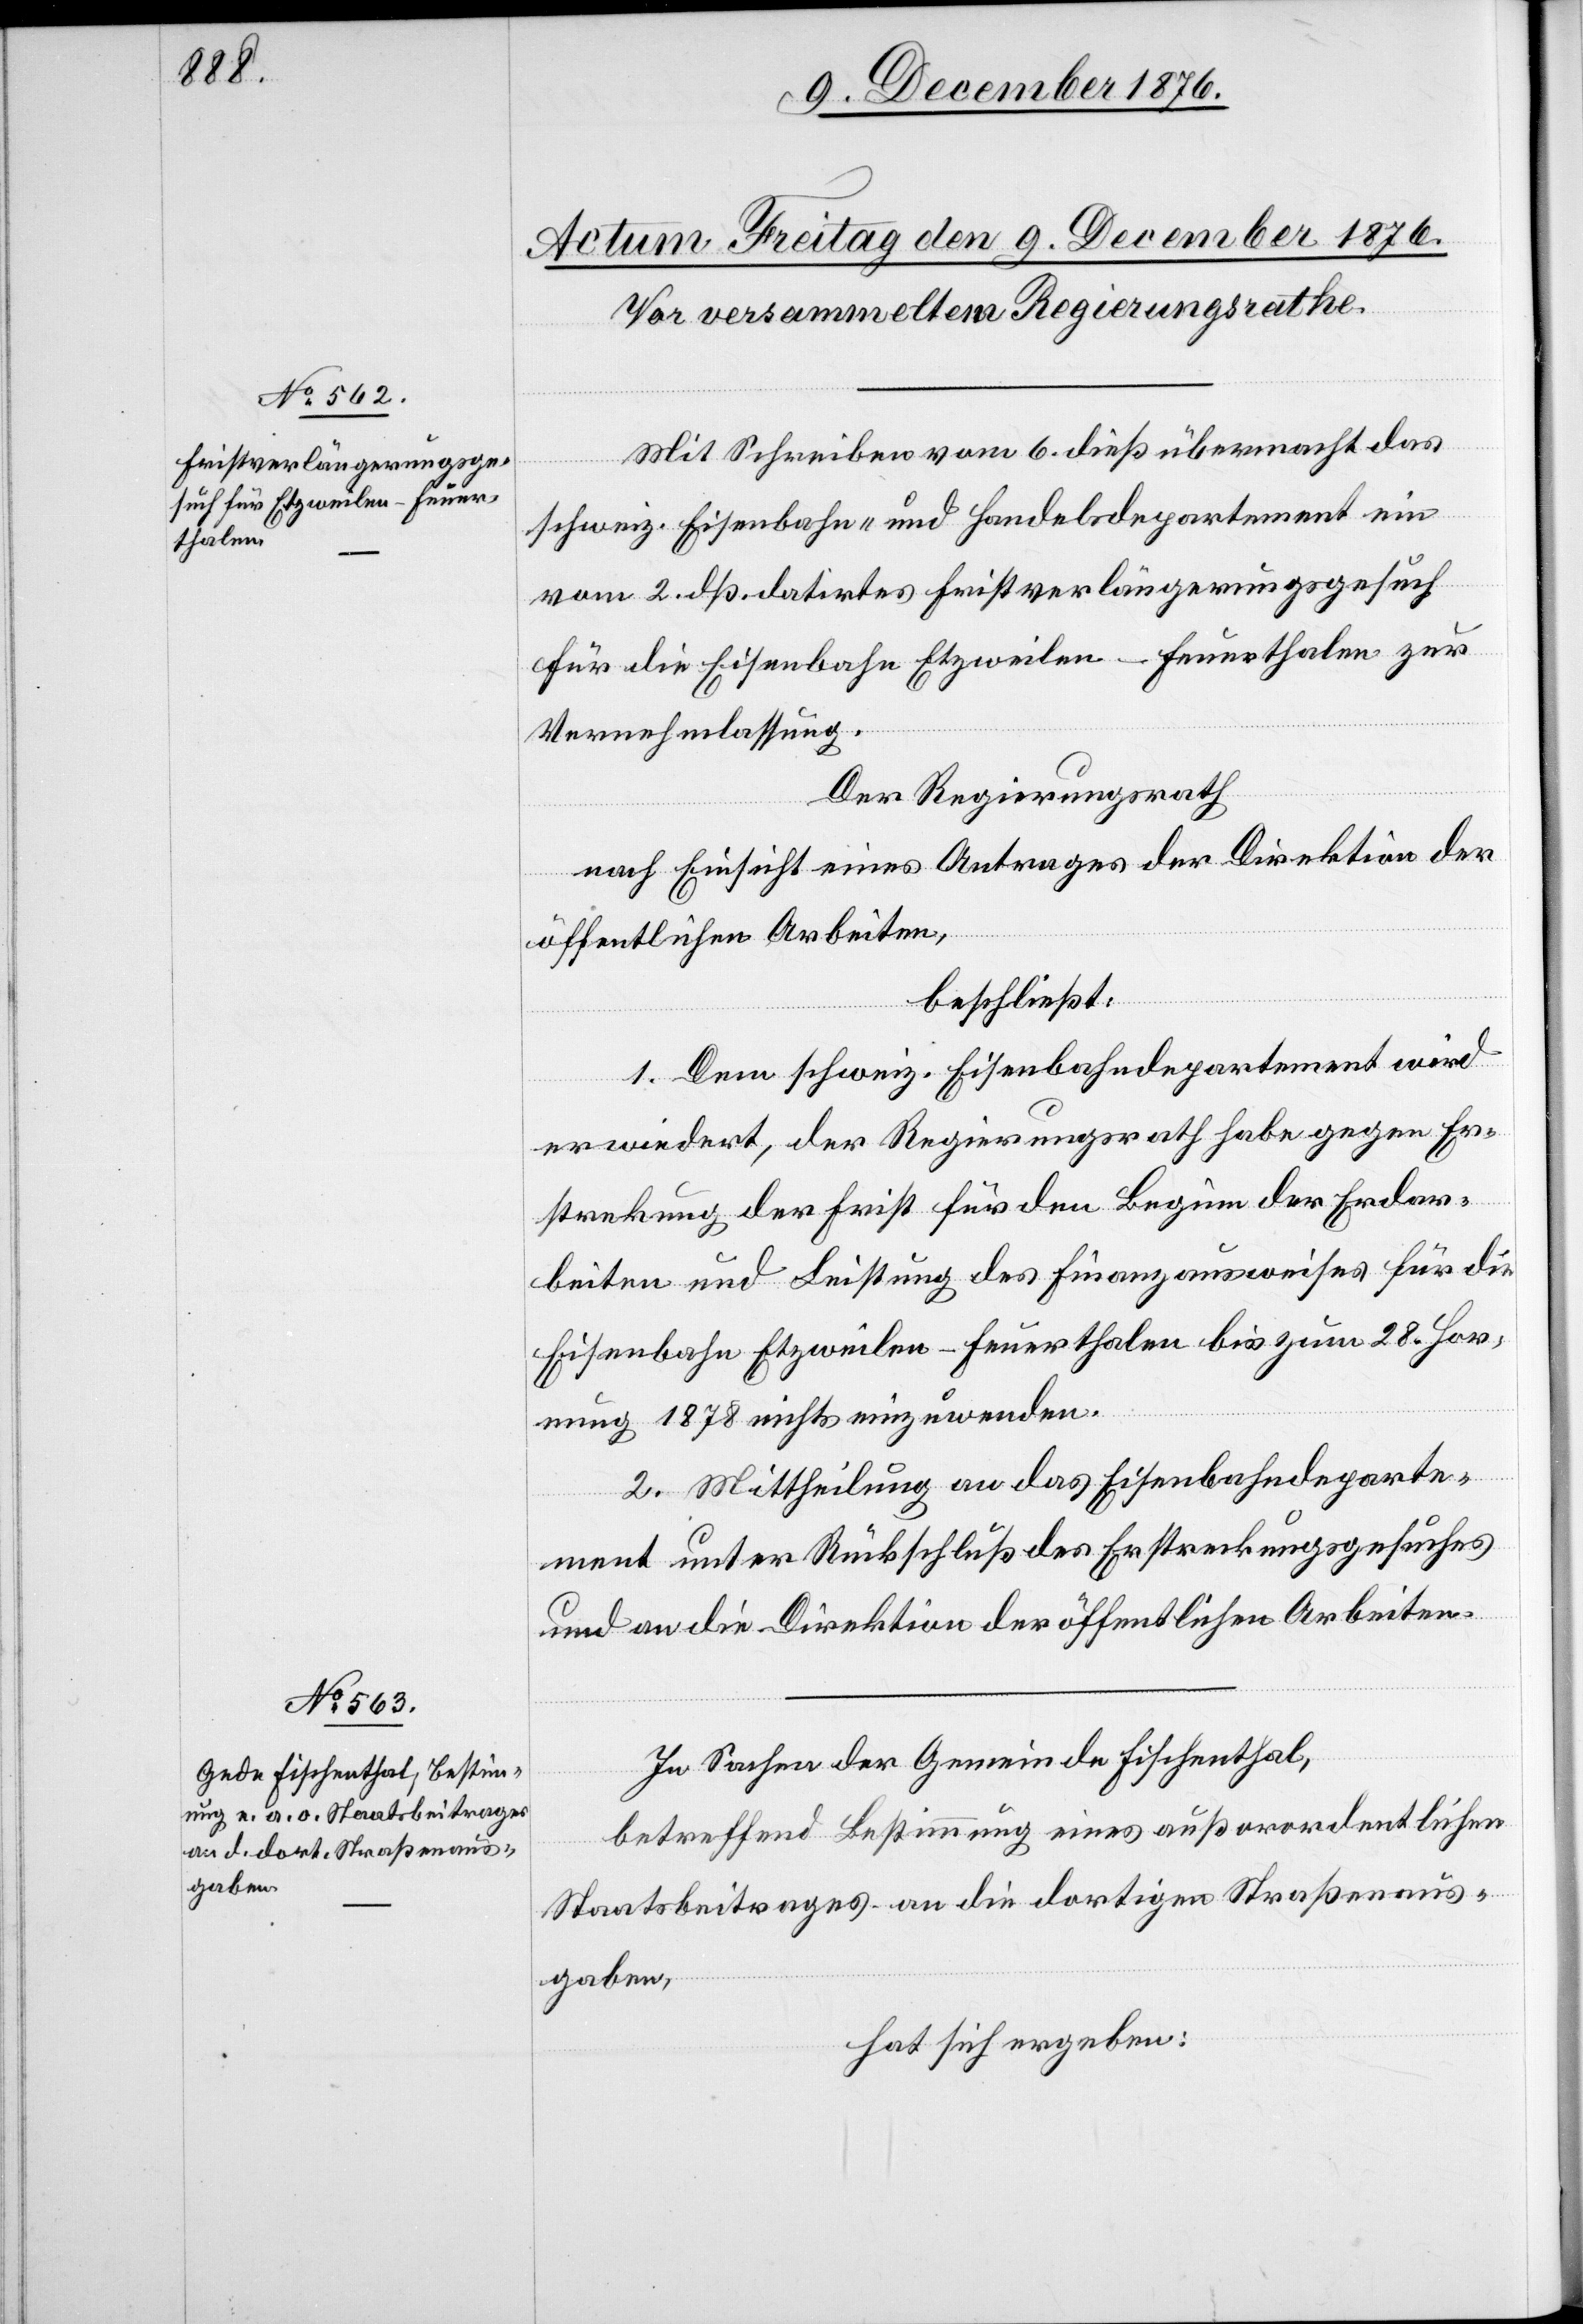
Mit Schreiben vom 6. dieß übermacht das
schweiz. Eisenbahn- und Handelsdepartement ein
vom 2. dß. datirtes Fristverlängerungsgesuch
für die Eisenbahn Etzweilen–Feuerthalen zur
Vernehmlassung.
Der Regierungsrath
nach Einsicht eines Antrages der Direktion der
öffentlichen Arbeiten,
beschließt:
1. Dem schweiz. Eisenbahndepartement wird
erwiedert, der Regierungsrath habe gegen Er¬
streckung der Frist für den Beginn der Erdar¬
beiten und Leistung des Finanzausweises für die
Eisenbahn Etzweilen–Feuerthalen bis zum 28. Hor¬
nung 1878 nichts einzuwenden.
2. Mittheilung an das Eisenbahndeparte¬
ment unter Rückschluß des Erstreckungsgesuches
und an die Direktion der öffentlichen Arbeiten.
In Sachen der Gemeinde Fischenthal,
betreffend Bestimmung eines außerordentlichen
Staatsbeitrages an die dortigen Straßenaus¬
gaben,
hat sich ergeben: